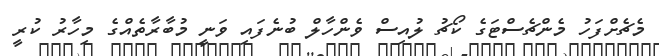
މެޗެށްފަހު މެންޗެސްޓަގެ ކޯޗު ލުއިސް ވެންހާލް ބުނެފައި ވަނީ މުބާރާތެއްގެ މިހާރު ކުރީ